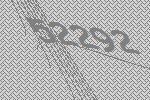
52292